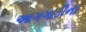
આગગાડીના